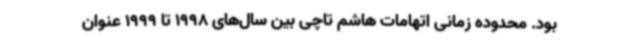
بود. محدوده زمانی اتهامات هاشم تاچی بین سال‌های 1998 تا 1999 عنوان